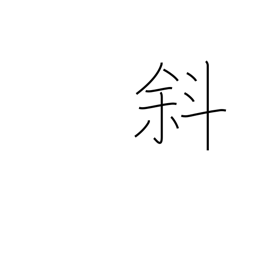
Meaning: diagonal